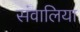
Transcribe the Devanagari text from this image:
संवालिया